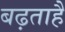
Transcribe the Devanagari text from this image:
बढ़ताहैं